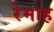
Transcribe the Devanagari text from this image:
रेमाह